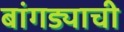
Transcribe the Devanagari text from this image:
बांगड्याची